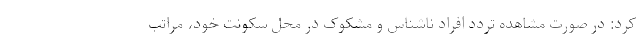
کرد: در صورت مشاهده تردد افراد ناشناس و مشکوک در محل سکونت خود، مراتب